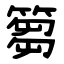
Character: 篘